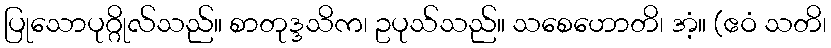
ပြုသောပုဂ္ဂိုလ်သည်။ စာတုဒ္ဒသိက၊ ဥပုသ်သည်။ သစေဟောတိ၊ အံ့။ (ဧဝံ သတိ၊